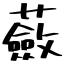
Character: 蘞